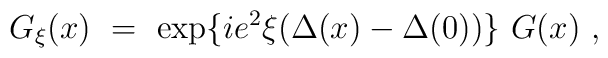
G_{\xi}(x)\ =\ \exp\{ ie^2\xi (\Delta(x)-\Delta(0))\}\ G(x)\ ,